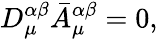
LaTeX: D_{\mu}^{\alpha\beta}\bar{A}_{\mu}^{\alpha\beta}=0,